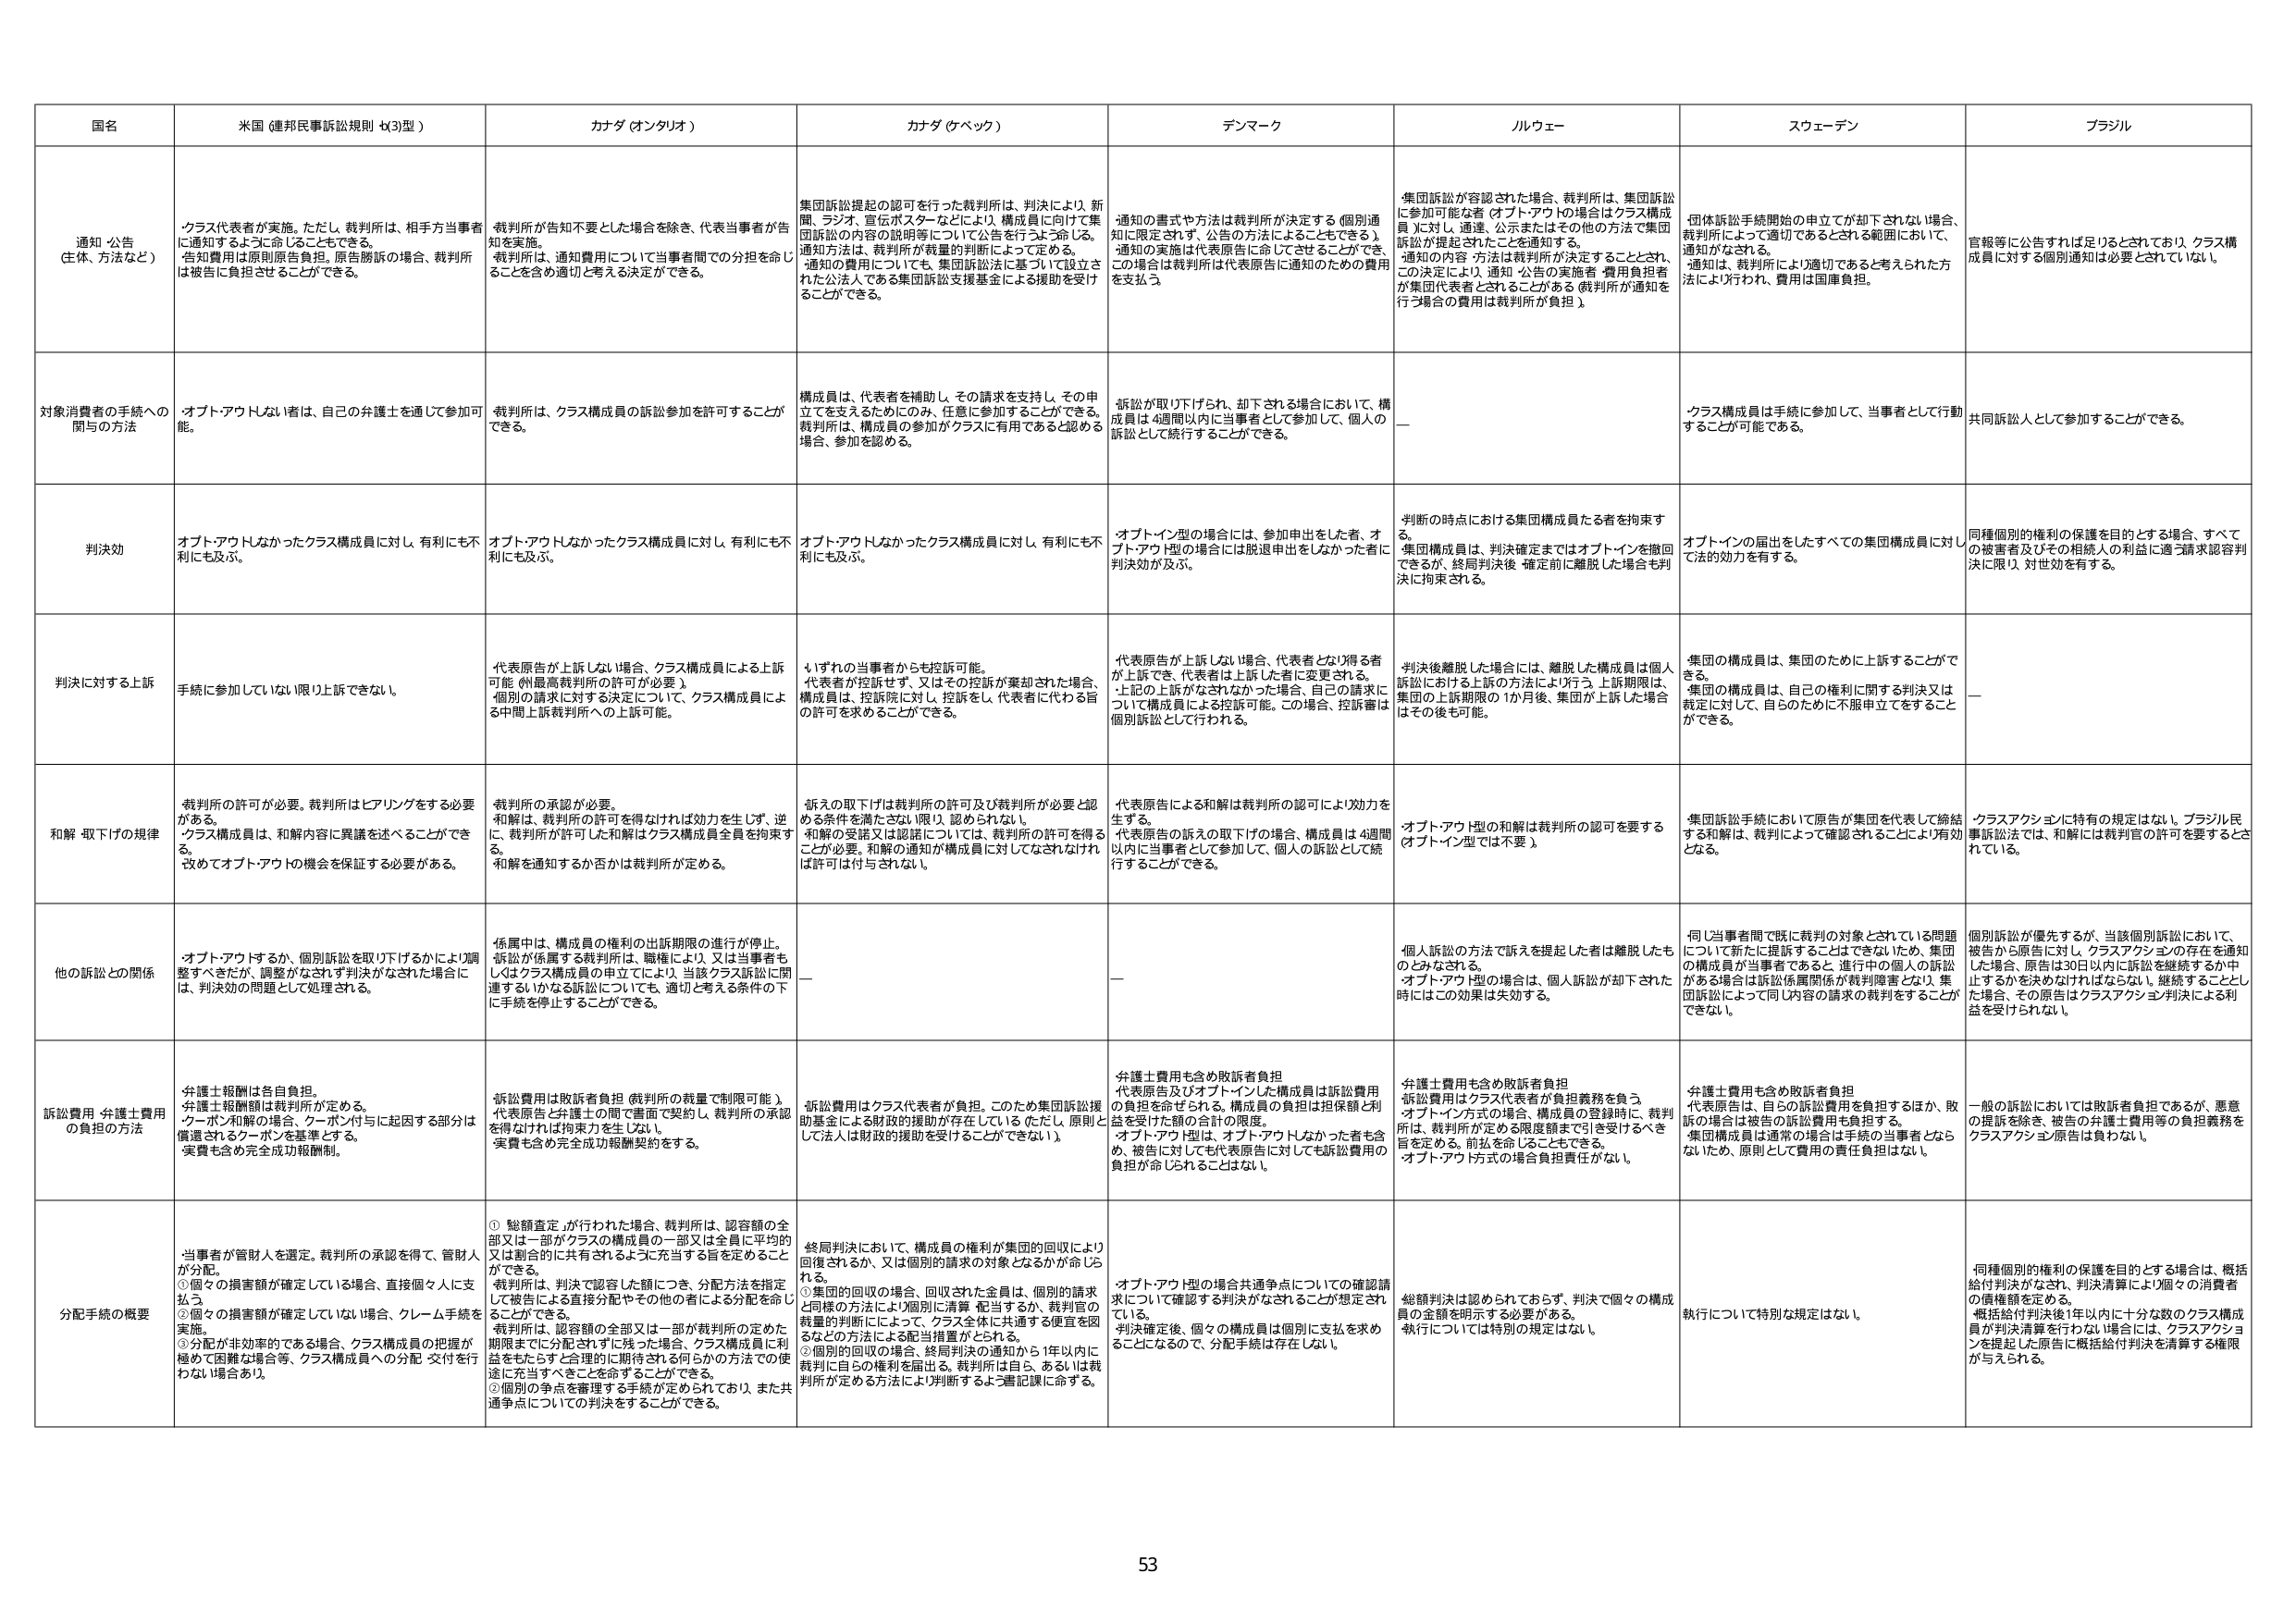
国名
米国（連邦民事訴訟規則 4x3)型）
カナダ（オンタリオ）
カナダ（ケベック）
デンマーク
ノルウェー
スウェーデン
ブラジル

通知・公告
（主体、方法など）
・クラス代表者が実施。ただし、裁判所は、相手方当事者に通知するよう命じることもできる。
・告知費用は原則原告負担。原告勝訴の場合、裁判所は被告に負担させることができる。
裁判所が告知を要した場合を除き、代表当事者が告知を実施。
・裁判所は、通知費用について当事者間での分担を命じることを含め適切と考える決定ができる。
集団訴訟提起の認可を行った裁判所は、判決により、新聞、ラジオ、宣伝ポスターなどにより、構成員に向けて集団訴訟の内容の説明等について公告を行うよう命じる。
・通知方法は、裁判所が裁量的判断によって定める。
・通知の費用については、集団訴訟法に基づいて設立された公法人である集団訴訟支援基金による援助を受けることができる。
通知の書式や方法は裁判所が決定する（個別通知に限定されず、公告の方法によることもできる）。
・通知の実施は代表原告に命じてさせることができ、この決定により、通知・公告の実施者・費用負担者が集団代表者とされることがある（裁判所が通知を行う場合の費用は裁判所が負担）。
集団訴訟が容認された場合、裁判所は、集団訴訟に参加可能なる者（オプトアウトの場合はクラス構成員）に対し、通達、公示またはその他の方法で集団訴訟が提起されたことを通知する。
・通知の内容・方法は裁判所が決定することとされ、この決定により、通知・公告の実施者・費用負担者が集団代表者とされることがある（裁判所が通知を行う場合の費用は裁判所が負担）。
・団体訴訟手続開始の申立てが却下されない場合、裁判所によって適切であるとされる範囲において、通知がなされる。
・通知は、裁判所により適切であると考えられた方法により行われ、費用は国庫負担。
官報等に公告すれば足りるとされており、クラス構成員に対する個別通知は必要とされていない。

対象消費者の手続への関与の方法
・オプトアウトしない者は、自己の弁護士を通じて参加可能。
裁判所は、クラス構成員の訴訟参加を許可することができる。
構成員は、代表者を補助し、その請求を支持し、その申立てを支えるためにのみ、任意に参加することができる。裁判所は、構成員の参加がクラスに有用であると認める場合、参加を認める。
訴訟が取り下げられ、却下される場合において、構成員は4週間以内に当事者として参加して、個人の訴訟として続行することができる。
――
・クラス構成員は手続に参加して、当事者として行動することが可能である。
共同訴訟人として参加することができる。

判決効
オプトアウトしなかったクラス構成員に対し、有利にも不利にも及ぶ。
オプトアウトしなかったクラス構成員に対し、有利にも不利にも及ぶ。
オプトアウトしなかったクラス構成員に対し、有利にも不利にも及ぶ。
・オプトイン型の場合には、参加申出をした者、オプトアウト型の場合には脱退申出をしなかった者に判決効が及ぶ。
判断の時点における集団構成員たる者を拘束する。
・集団構成員は、判決確定まではオプトインを撤回できるが、終局判決後・確定前に離脱した場合も判決に拘束される。
オプトインの届出をしたすべての集団構成員に対し、法的効力を有する。
同種個別的権利の保護を目的とする場合、すべての被害者及びその相続人の利益に適う請求認容判決に限り、対世効を有する。

判決に対する上訴
――
代表原告が上訴しない場合、クラス構成員による上訴可能（州最高裁判所の許可が必要）。
・個別的請求に対する決定について、クラス構成員による中間上訴裁判所への上訴可能。
いずれの当事者からも控訴可能。
・代表者が控訴せず、又はその控訴が棄却された場合、構成員は、控訴院に対し、控訴をし、代表者に代わる旨の許可を求めることもできる。
代表原告が上訴しない場合、代表者となり得る者が上訴でき、代表者は上訴した者に変更される。
・上記の上訴がなされなかった場合、自己の請求について構成員による控訴可能。この場合、控訴審は個別訴訟として行われる。
判決後離脱した場合には、離脱した構成員は個人訴訟における上訴の方法により行う。上訴期限は、集団の上訴期限の1か月後、集団が上訴した場合はその後も可能。
・集団の構成員は、集団のために上訴することができる。
・集団の構成員は、自己の権利に関する判決又は裁定に対して、自己のために不服申立てをすることもできる。
――

和解・取下げの規律
裁判所の許可が必要。裁判所はヒアリングをする必要がある。
・クラス構成員は、和解の内容に異議を述べることができ、改めてオプトアウトの機会を保証する必要がある。
裁判所の承認が必要。
・和解は、裁判所の許可を得なければ効力を失い、逆に、裁判所が許可した和解はクラス構成員全員を拘束する。
・和解を通知するか否かは裁判所が定める。
訴えの取下げは裁判所の許可及び裁判所が必要と認める条件を満たさない限り、認められない。
・和解の受諾又は認諾については、裁判所の許可を得ることが必要。和解の通知が構成員に対してなされなければ許可は付与されない。
代表原告による和解は裁判所の認可により効力を生ずる。
・代表原告の訴えの取下げの場合、構成員は4週間以内に当事者として参加して、個人の訴訟として続行することができる。
オプトアウト型の和解は裁判所の認可を要する（オプトイン型では不要）。
・集団訴訟手続において原告が集団を代表して締結する和解は、裁判によって確認されることにより有効となる。
・クラスアクションに特有の規定はない。ブラジル民事訴訟法では、和解には裁判官の許可を要するとされている。

他の訴訟との関係
・オプトアウトするか、個別訴訟を取り下げるかにより調整すべきだが、調整がなされず判決がなされた場合には、判決効の問題として処理される。
係属中は、構成員の権利の出訴期限の進行が停止。
・訴訟が係属する裁判所は、職権により、又は当事者もしくはクラス構成員の申立てにより、当該クラス訴訟に関連するいかなる訴訟についても、適切と考える条件の下に手続を停止することができる。
――
――
個人訴訟の方法で訴えを提起した者は離脱したものとみなされる。
・オプトアウト型の場合は、個人訴訟が却下された時にはこの効果は失効する。
・同じ当事者間で既に裁判の対象とされている問題について新たに提訴することはできないため、集団の構成員が当事者であると、進行中の個人の訴訟がある場合は訴訟係属関係が裁判障害となり、集団訴訟によって同じ内容の請求の裁判をすることができない。
個別訴訟が優先するが、当該個別訴訟において、被告から原告に対し、クラスアクションの存在を通知した場合、原告は30日以内に訴訟を継続するか中止するかを決めなければならない。継続することとした場合、その原告はクラスアクション判決による利益を受けられない。

訴訟費用・弁護士費用の負担の方法
弁護士報酬は各自負担。
・弁護士報酬額は裁判所が定める。
・クーポン和解の場合、クーポン付与に起因する部分は償還されるクーポンを基準とする。
・実費も含め完全成功報酬制。
訴訟費用は敗訴者負担（裁判所の裁量で制限可能）。
・代表原告と弁護士の間で書面で契約し、裁判所の承認を得なければ拘束力を生じない。
・実費も含め完全成功報酬契約をする。
訴訟費用はクラス代表者が負担。このため集団訴訟援助基金による財政的援助が存在している（ただし、原則として法人は財政的援助を受けることができない）。
弁護士費用も含め敗訴者負担
・代表原告及びオプトインした構成員は訴訟費用の負担を命ぜられる。構成員の負担は担保額と利益を受けた額の合計の限度。
・オプトアウト型は、オプトアウトしなかった者も含め、被告に対しても代表原告に対しても訴訟費用の負担が命じられることはない。
弁護士費用も含め敗訴者負担
・訴訟費用はクラス代表者が負担義務を負う。
・オプトイン方式の場合、構成員の登録時に、裁判所は、裁判所が定める限度額まで引き受けるべき旨を定める。前払を命じることもできる。
・オプトアウト方式の場合負担責任がない。
弁護士費用も含め敗訴者負担
・代表原告は、自らの訴訟費用を負担するほか、敗訴の場合は被告の訴訟費用も負担する。
・集団構成員は通常の場合は手続の当事者とならないため、原則として費用の責任負担はない。
一般の訴訟においては敗訴者負担であるが、悪意の提訴を除き、被告の弁護士費用等の負担義務をクラスアクション原告は負わない。

分配手続の概要
当事者が管財人を選定。裁判所の承認を得て、管財人が分配。
①個々の損害額が確定している場合、直接個々人に支払う。
②個々の損害額が確定していない場合、クレーム手続を実施。
③分配が非効率的である場合、クラス構成員の把握が極めて困難な場合等、クラス構成員への分配・交付を行わない場合あり。
①総額査定が行われた場合、裁判所は、認容額の全部又は一部がクラスの構成員の一部又は全員に平均的又は割合的に共有されるよう充当する旨を定めることができる。
・裁判所は、判決で認容した額につき、分配方法を指定して被告による直接分配やその他の者による分配を命じることができる。
・裁判所は、認容額の全部又は一部が裁判所の定めた期限までに分配されずに残った場合、クラス構成員に利益をもたらすと合理的に期待される何らかの方法での使途に充当すべきことを命ずることができる。
②個別の争点を審理する手続が定められており、また共通争点についての判決をすることができる。
終局判決において、構成員の権利が集団の回収により回復されるか、又は個別的請求の対象となるかが命じられる。
①集団的回収の場合、回収された金員は、個別的請求と同様の方法により個別に清算・配当するか、裁判官の裁量的判断によって、クラス全体に共通する便宜を図るなどの方法による配当措置がとられる。
②個別的回収の場合、終局判決の通知から1年以内に裁判に自らの権利を届出。裁判所は自ら、あるいは裁判所が定める方法により判断するよう書記課に命ずる。
・オプトアウト型の場合共通争点についての確認請求について確認する判決がなされることが想定されている。
・判決確定後、個々の構成員は個別に支払を求めることになるので、分配手続は存在しない。
総額判決は認められておらず、判決で個々の構成員の金額を明示する必要がある。
・執行については特別の規定はない。
執行について特別な規定はない。
同種個別的権利の保護を目的とする場合は、概括給付判決がなされ、判決清算により個々の消費者の債権額を定める。
・概括給付判決後1年以内に十分な数のクラス構成員が判決清算を行わない場合には、クラスアクションを提起した原告に概括給付判決を清算する権限が与えられる。

53